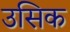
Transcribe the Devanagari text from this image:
उसिक